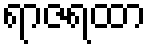
ရာဇရထာ